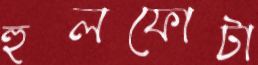
হুলফোটা